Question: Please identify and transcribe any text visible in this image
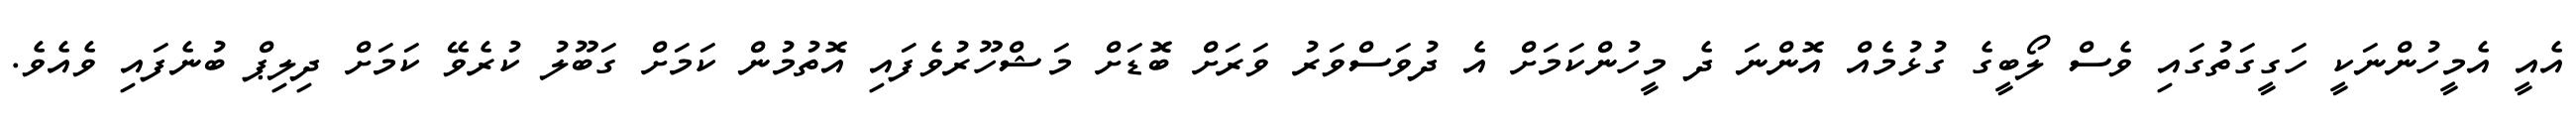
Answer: އެއީ އެމީހުންނަކީ ހަގީގަތުގައި ވެސް ލޯބީގެ ގުޅުމެއް އޮންނަ ދެ މީހުންކަމަށް އެ ދުވަސްވަރު ވަރަށް ބޮޑަށް މަޝްހޫރުވެފައި އޮތުމުން ކަމަށް ގަބޫލު ކުރެވޭ ކަމަށް ދިލިޕް ބުނެފައި ވެއެވެ.